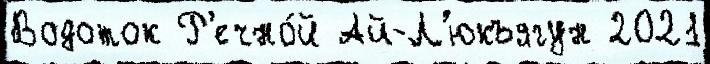
Водоток Р'ечно́й Ай-Л'юкъягун 2021